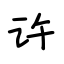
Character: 许